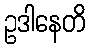
ဥဒါနေတိ